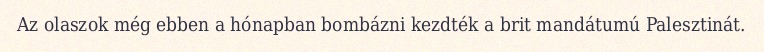
Az olaszok még ebben a hónapban bombázni kezdték a brit mandátumú Palesztinát.